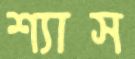
শ্যাস